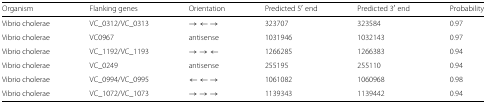
| Organism | Flanking genes | Orientation | Predicted 5′ end | Predicted 3′ end | Probability |
 | --- | --- | --- | --- | --- | --- |
 | Vibrio cholerae | VC_0312/VC_0313 | →←→ | 323707 | 323584 | 0.97 |
 | Vibrio cholerae | VC0967 | antisense | 1031946 | 1032143 | 0.97 |
 | Vibrio cholerae | VC_1192/VC_1193 | →→← | 1266285 | 1266383 | 0.94 |
 | Vibrio cholerae | VC_0249 | antisense | 255195 | 255110 | 0.94 |
 | Vibrio cholerae | VC_0994/VC_0995 | ←←→ | 1061082 | 1060968 | 0.98 |
 | Vibrio cholerae | VC_1072/VC_1073 | →→→ | 1139343 | 1139442 | 0.94 |